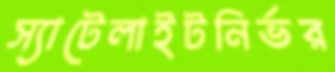
স্যাটেলাইটনির্ভর